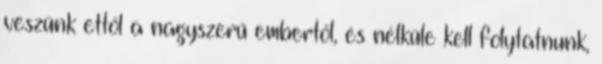
veszünk ettől a nagyszerű embertől, és nélküle kell folytatnunk,